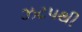
ઝટપથી